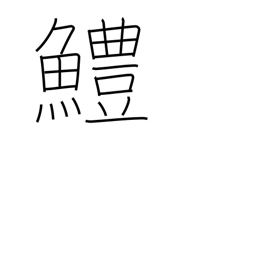
Meaning: sea eel